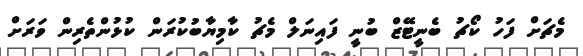
މެޗަށް ފަހު ކޯޗު ބެނީޓޭޒް ބުނީ ފައިނަލް މެޗު ކާމިޔާބުކުރަން ކުޅުންތެރިން ވަރަށް